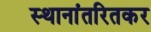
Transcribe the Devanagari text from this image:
स्थानांतरितकर